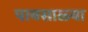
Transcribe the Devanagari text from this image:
पावसाळ्या